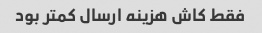
فقط کاش هزینه ارسال کمتر بود